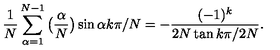
\frac { 1 } { N } \sum _ { \alpha = 1 } ^ { N - 1 } \big ( \frac { \alpha } { N } \big ) \sin \alpha k \pi / N = - \frac { ( - 1 ) ^ { k } } { 2 N \tan k \pi / 2 N } .